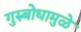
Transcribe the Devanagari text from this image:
गुरुबोधामुळे